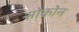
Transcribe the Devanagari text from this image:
सोकोन